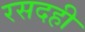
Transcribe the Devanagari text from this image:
रसदही